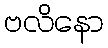
ဗလိနော